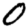
Digit: 0